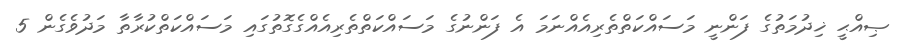
ޞިއްޙީ ޚިދުމަތުގެ ފަންނީ މަސައްކަތްތެރިއެއްނަމަ އެ ފަންނުގެ މަސައްކަތްތެރިއެއްގެގޮތުގައި މަސައްކަތްކުރާތާ މަދުވެގެން 5